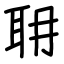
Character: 耼